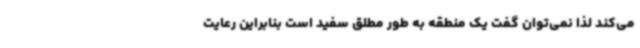
می‌کند لذا نمی‌توان گفت یک منطقه به طور مطلق سفید است بنابراین رعایت